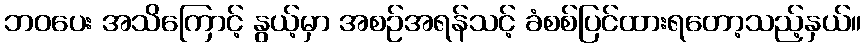
ဘဝပေး အသိကြောင့် နွယ့်မှာ အစဉ်အရန်သင့် ခံစစ်ပြင်ထားရတော့သည့်နှယ်။